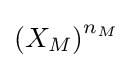
\left(X_{M}\right)^{n_{M}}